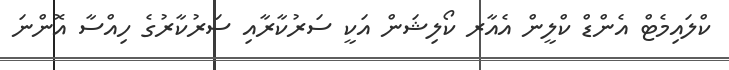
ކްލައިމެޓް އެންޑް ކްލީން އެއާރ ކޯލިޝަން އަކީ ސަރުކާރާއި ސަރުކާރުގެ ހިއްސާ އޮންނަ